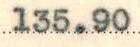
135.90